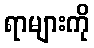
ရာများကို